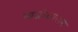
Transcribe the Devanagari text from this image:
न्यग्रोधाराम